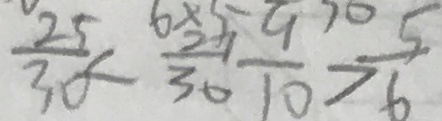
\frac { 2 5 } { 3 0 } < \frac { 2 7 } { 3 0 } \frac { 9 } { 1 0 } > \frac { 5 } { 6 }